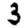
Digit: 3